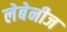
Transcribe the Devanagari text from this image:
लेबेनीज